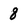
Character: 8